Indian Civil Veterinary Department memoirs
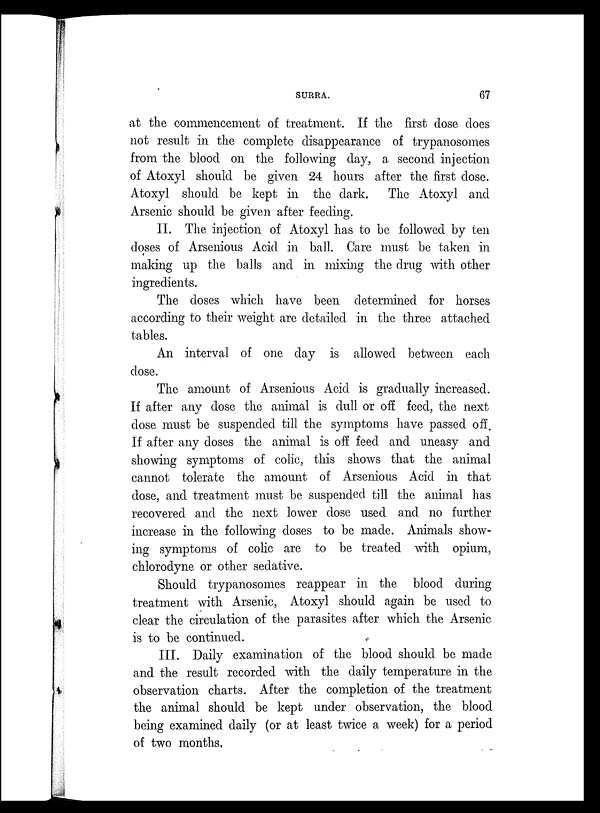
SURRA.
67
at the commencement of treatment. If the first dose does
not result in the complete disappearance of trypanosomes
from the blood on the following day, a second injection
of Atoxyl should be given 24 hours after the first dose.
Atoxyl should be kept in the dark. The Atoxyl and
Arsenic should be given after feeding.
II. The injection of Atoxyl has to be followed by ten
doses of Arsenious Acid in ball. Care must be taken in
making up the balls and in mixing the drug with other
ingredients.
The doses which have been determined for horses
according to their weight are detailed in the three attached
tables.
An interval of one day is allowed between each
dose.
The amount of Arsenious Acid is gradually increased.
If after any dose the animal is dull or off feed, the next
dose must be suspended till the symptoms have passed off.
If after any doses the animal is off feed and uneasy and
showing symptoms of colic, this shows that the animal
cannot tolerate the amount of Arsenious Acid in that
dose, and treatment must be suspended till the animal has
recovered and the next lower dose used and no further
increase in the following doses to be made. Animals show-
ing symptoms of colic are to be treated with opium,
chlorodyne or other sedative.
Should trypanosomes reappear in the blood during
treatment with Arsenic, Atoxyl should again be used to
clear the circulation of the parasites after which the Arsenic
is to be continued.
III. Daily examination of the blood should be made
and the result recorded with the daily temperature in the
observation charts. After the completion of the treatment
the animal should be kept under observation, the blood
being examined daily (or at least twice a week) for a period
of two months.